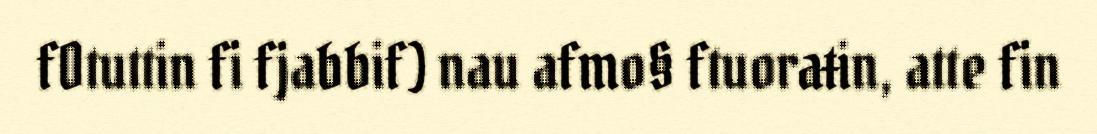
fOtuttin fi fjabbif) nau afmo§ ftuoraŧin, atte fin